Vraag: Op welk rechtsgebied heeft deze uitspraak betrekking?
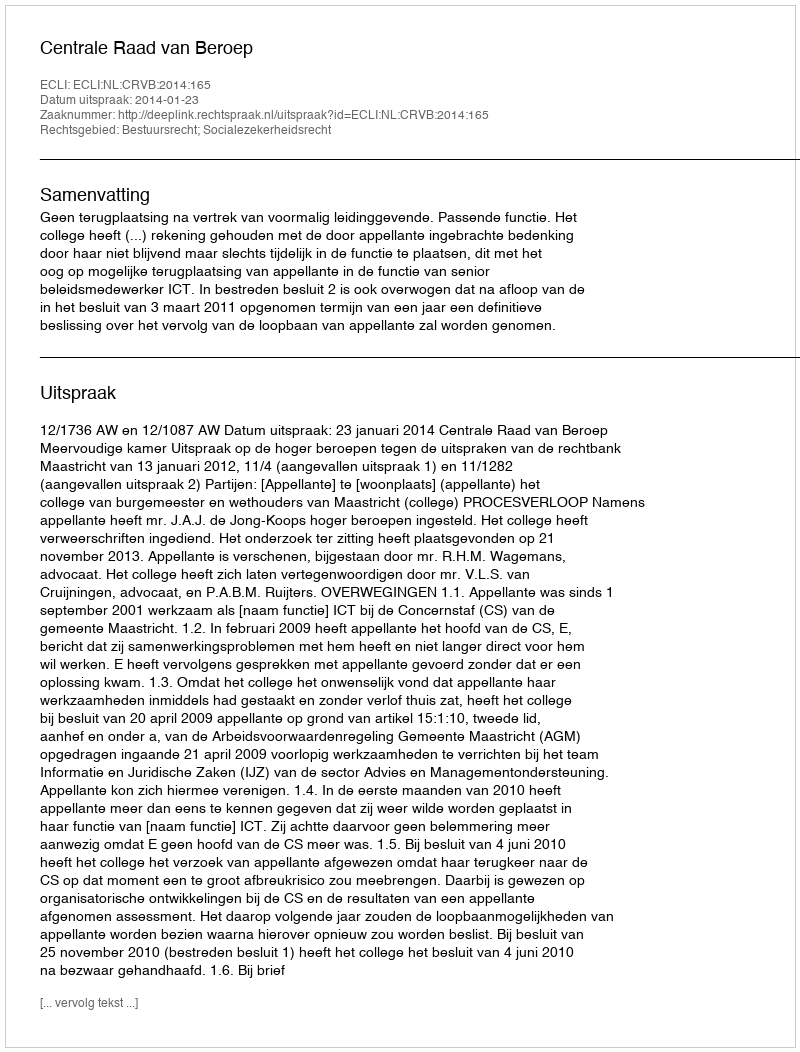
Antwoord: Bestuursrecht; Socialezekerheidsrecht